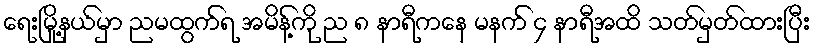
ရေးမြို့နယ်မှာ ညမထွက်ရ အမိန့်ကို ည ၈ နာရီကနေ မနက် ၄ နာရီအထိ သတ်မှတ်ထားပြီး